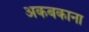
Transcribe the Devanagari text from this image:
अकबकाना